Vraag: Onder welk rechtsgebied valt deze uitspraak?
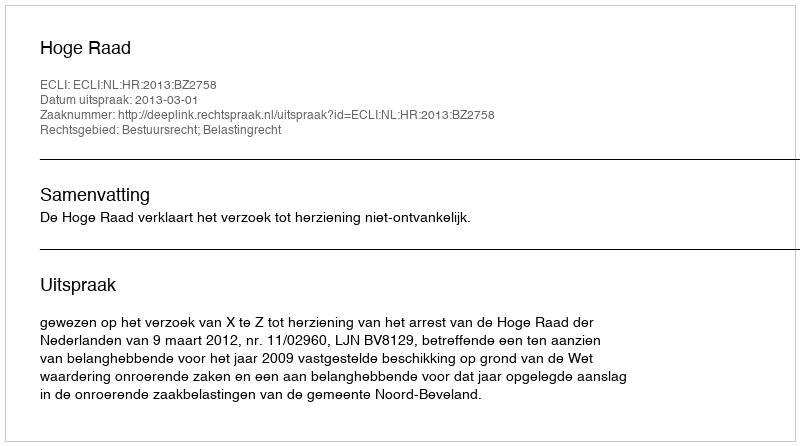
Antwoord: Bestuursrecht; Belastingrecht